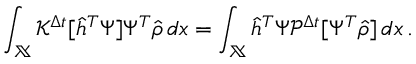
\int _ { \mathbb { X } } \mathcal { K } ^ { \Delta t } [ \hat { h } ^ { T } \Psi ] \Psi ^ { T } \hat { \rho } \, d x = \int _ { \mathbb { X } } \hat { h } ^ { T } \Psi \mathcal { P } ^ { \Delta t } [ \Psi ^ { T } \hat { \rho } ] \, d x \, .